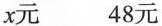
x元 48元